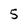
Character: 5